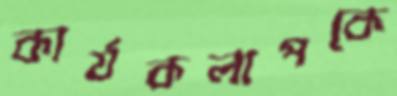
কার্যকলাপকে